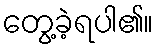
တွေ့ခဲ့ရပါ၏။